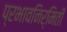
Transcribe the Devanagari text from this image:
प्रभावनिर्मिती